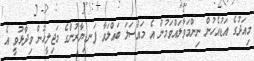
މިއަދުގެ އަޑުއެހުން ނިންމަވާލައްވަމުން އެ މައްސަލަ ބައްލަވާ ފަނޑިޔާރުންގެ މަޖިލީހުން ވިދާޅުވީ އެ